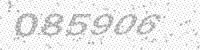
Solution: 085906